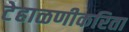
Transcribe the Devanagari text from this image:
टेहाळणीकरिता